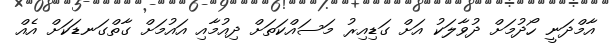
އާމްދަނީ ހޯދުމަށް ދުވާލަކު އަށް ގަޑިއިރު މަސައްކަތަށް ދިއުމާއި އައުމަށް ގާތްގަނޑަކަށް އެއް